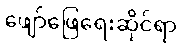
ဖျော်ဖြေရေးဆိုင်ရာ